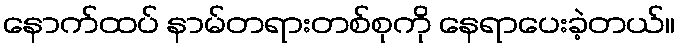
နောက်ထပ် နာမ်တရားတစ်စုကို နေရာပေးခဲ့တယ်။